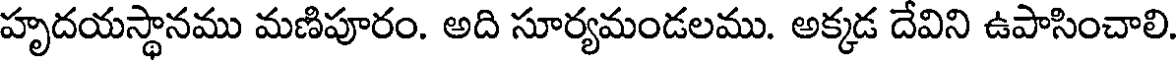
హృదయస్థానము మణిపూరం. అది సూర్యమండలము. అక్కడ దేవిని ఉపాసించాలి